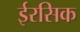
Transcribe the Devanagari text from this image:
ईरसिक